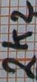
Text: 2K2